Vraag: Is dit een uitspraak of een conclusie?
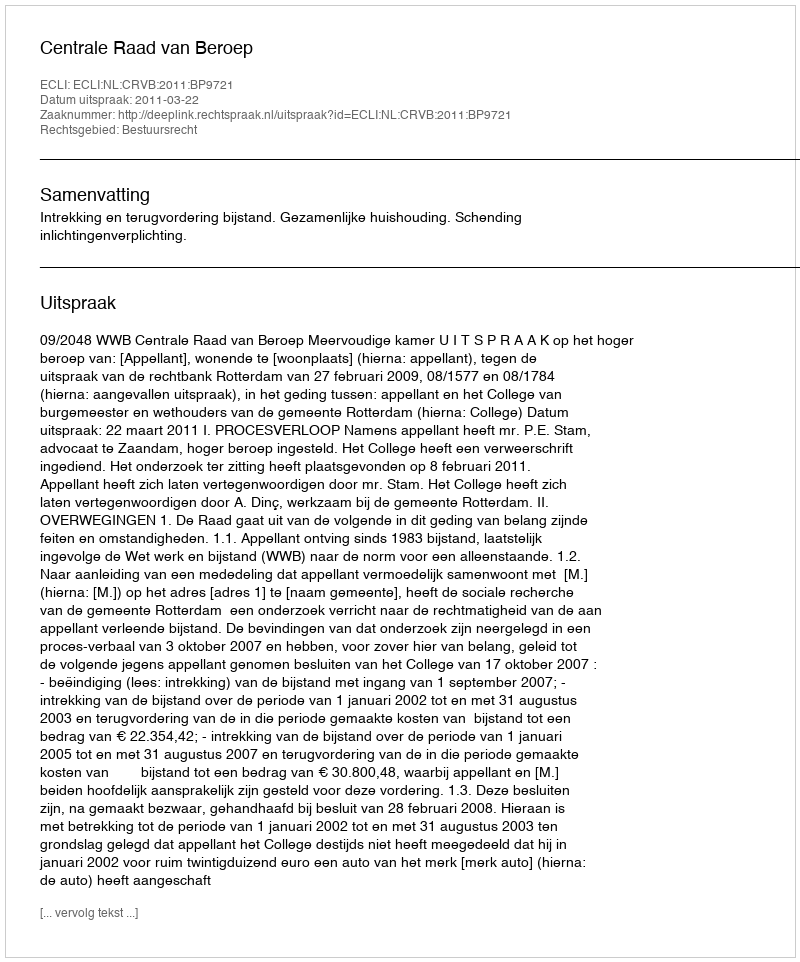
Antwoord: Uitspraak